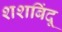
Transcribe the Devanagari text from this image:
शशबिंदू